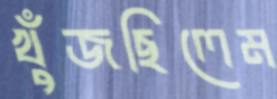
খুঁজছিলেম